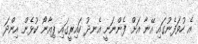
އެ ހުވަފެނުގައި އޭނާ އަށް ފެންނަނީ އެނދު ކައިރީގައި ޕިއާނޯ ކުޅެން އިންދަ